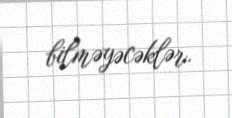
bilməyəcəklər.